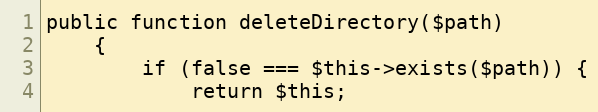
Language: PHP
public function deleteDirectory($path)
    {
        if (false === $this->exists($path)) {
            return $this;